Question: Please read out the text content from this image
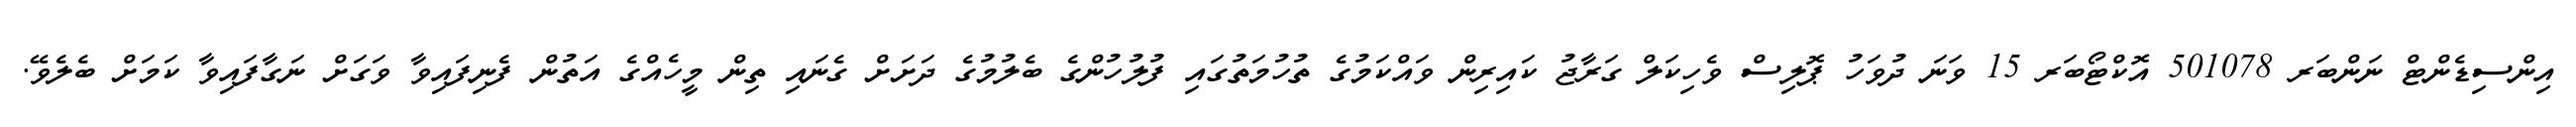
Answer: އިންސިޑެންޓް ނަންބަރ 501078 އޮކްޓޯބަރ 15 ވަނަ ދުވަހު ޕޮލިސް ވެހިކަލް ގަރާޖު ކައިރިން ވައްކަމުގެ ތުހުމަތުގައި ފުލުހުންގެ ބެލުމުގެ ދަށަށް ގެނައި ތިން މީހެއްގެ އަތުން ފެނިފައިވާ ވަގަށް ނަގާފައިވާ ކަމަށް ބެލެވޭ.